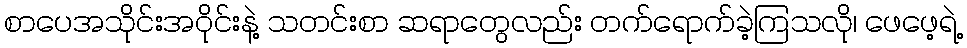
စာပေအသိုင်းအဝိုင်းနဲ့ သတင်းစာ ဆရာတွေလည်း တက်ရောက်ခဲ့ကြသလို၊ ဖေဖေ့ရဲ့